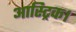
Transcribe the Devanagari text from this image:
आस्ट्रिक।